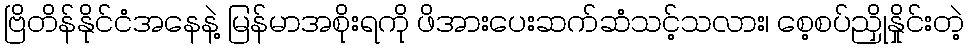
ဗြိတိန်နိုင်ငံအနေနဲ့ မြန်မာအစိုးရကို ဖိအားပေးဆက်ဆံသင့်သလား၊ စေ့စပ်ညှိုနှိုင်းတဲ့